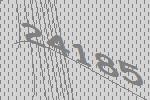
24185